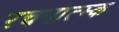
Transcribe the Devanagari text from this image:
रचनात्म्क